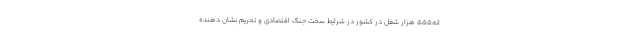
انه۵۵۵ هزار شغل در کشور در شرایط سخت جنگ اقتصادی و تحریم نشان دهنده